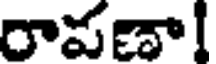
రాపణా!